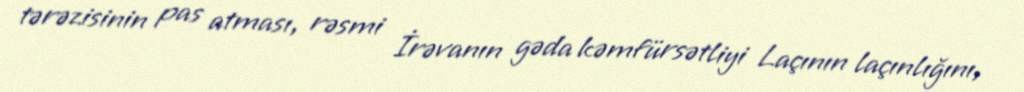
tərəzisinin pas atması, rəsmi İrəvanın gəda kəmfürsətliyi Laçının laçınlığını,